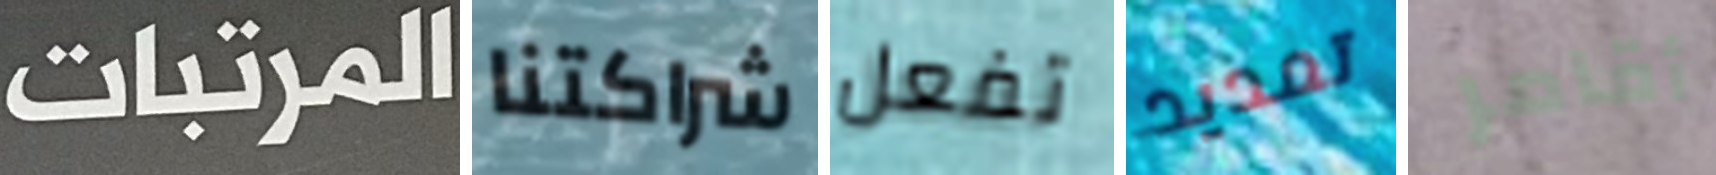
المرتبات شراكتنا تفعل تمديد أقامر